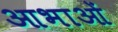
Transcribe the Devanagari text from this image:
आभाओं